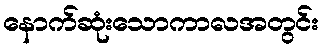
နောက်ဆုံးသောကာလအတွင်း